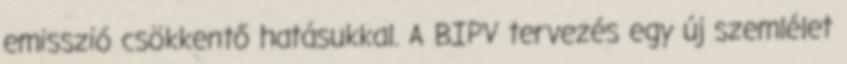
emisszió csökkentő hatásukkal. A BIPV tervezés egy új szemlélet